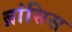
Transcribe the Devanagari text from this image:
ब्रांसिस